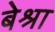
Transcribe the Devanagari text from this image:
बेश्रा